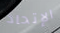
الإتحاد